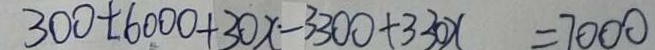
3 0 0 + 6 0 0 0 + 3 0 x - 3 3 0 0 + 3 3 0 x = 7 0 0 0